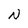
Character: N